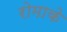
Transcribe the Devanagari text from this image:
रोमाके